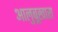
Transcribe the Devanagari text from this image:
आलुबूखारा